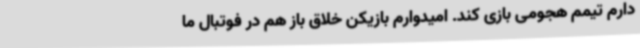
دارم تیمم هجومی بازی کند. امیدوارم بازیکن خلاق باز هم در فوتبال ما